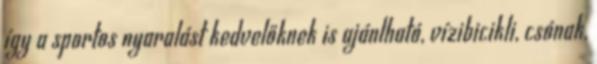
így a sportos nyaralást kedvelőknek is ajánlható, vízibicikli, csónak,